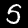
Label: 5